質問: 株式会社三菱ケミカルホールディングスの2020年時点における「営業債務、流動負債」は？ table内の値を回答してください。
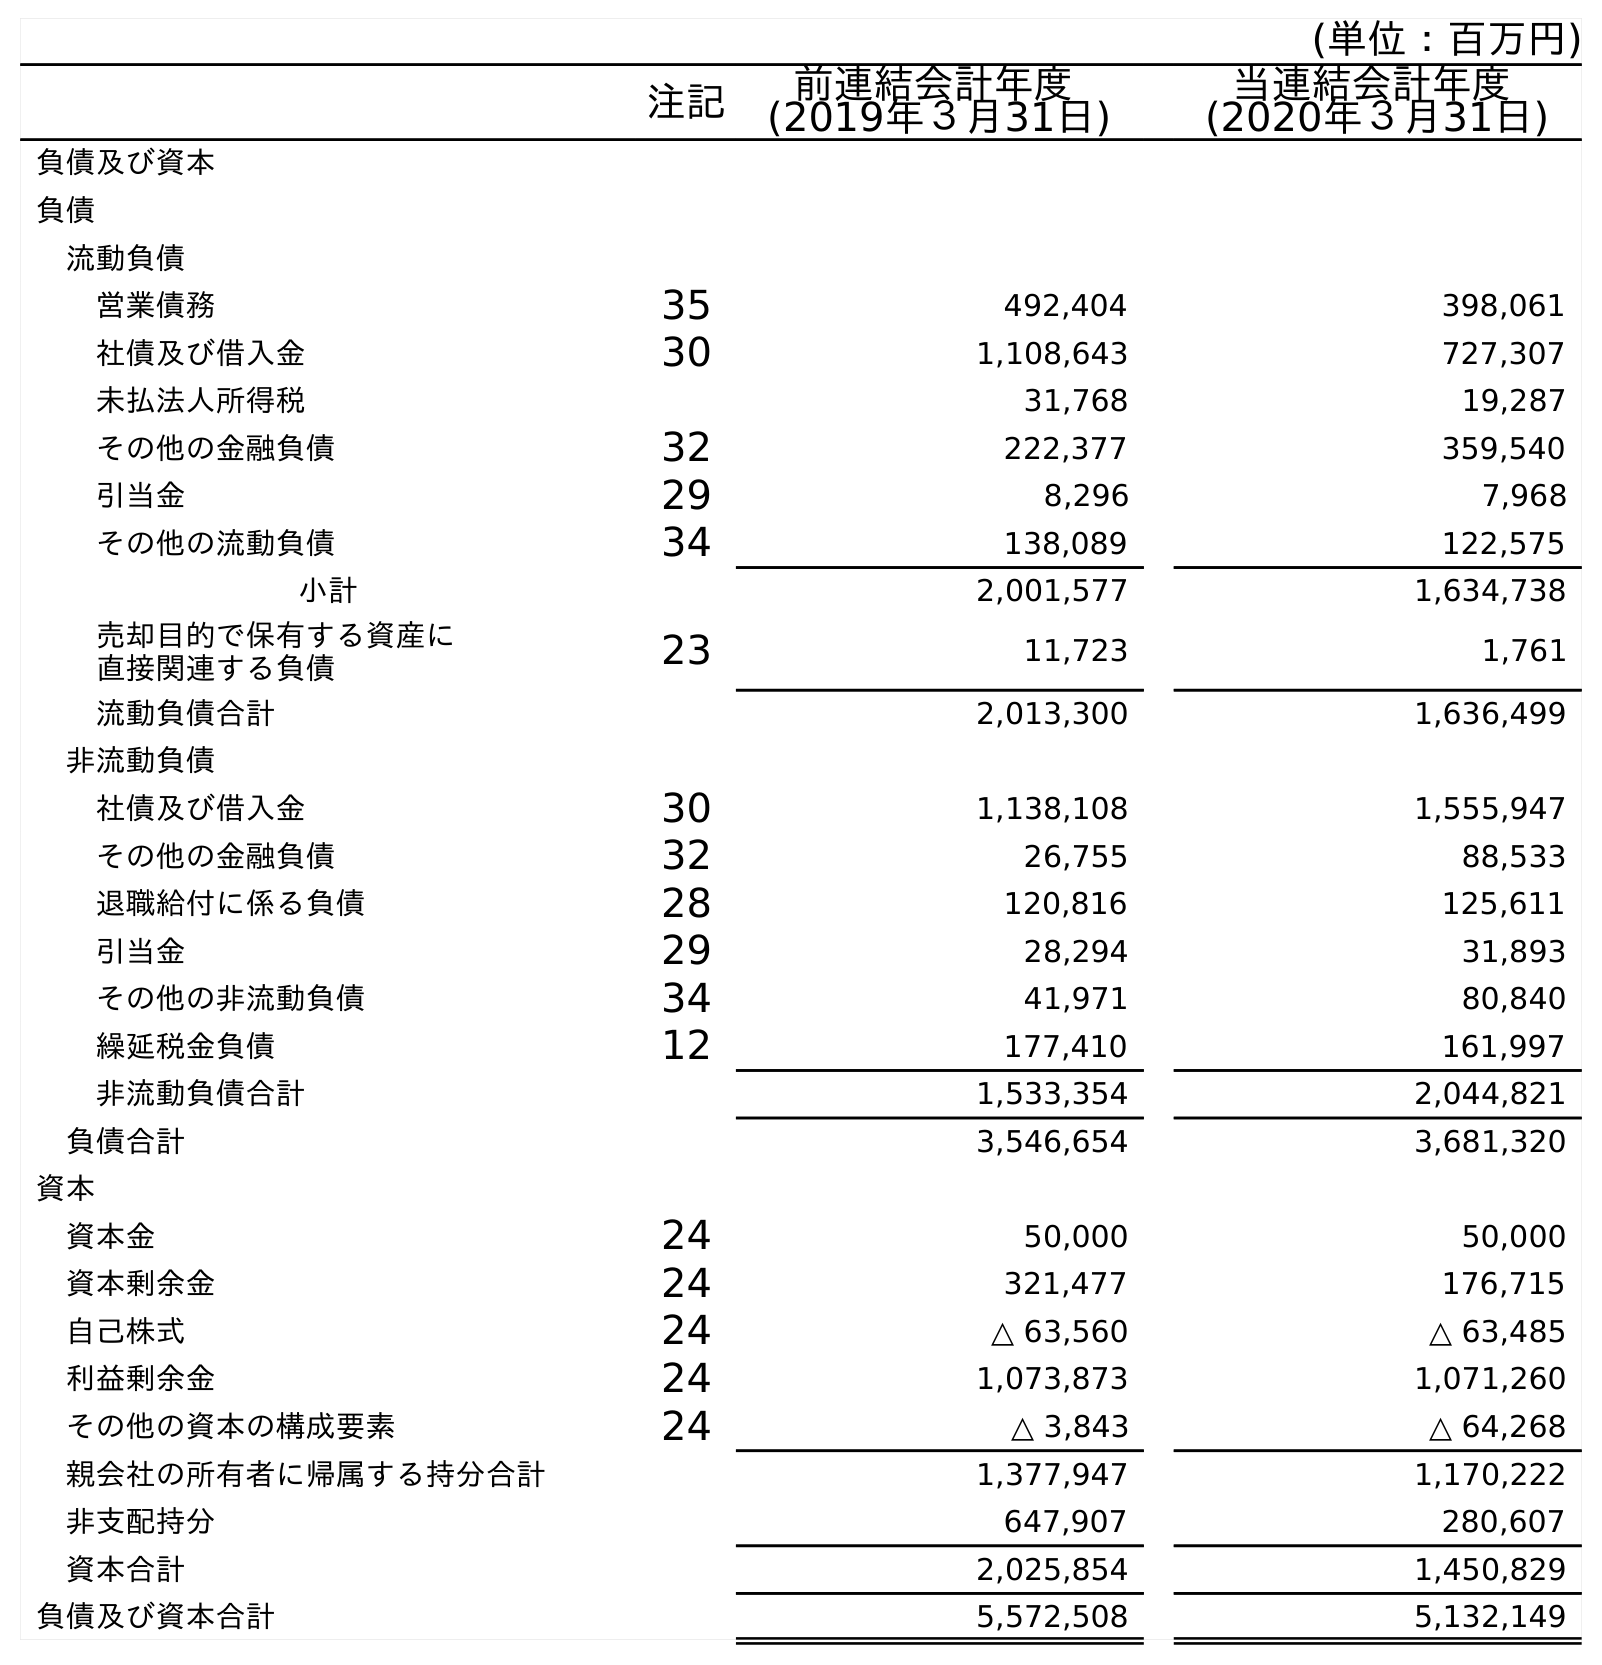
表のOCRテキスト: (単位：百万円) 注記 前連結会計年度 (2019年３月31日) 当連結会計年度 (2020年３月31日) 負債及び資本 負債 流動負債 営業債務 35 492,404 398,061 社債及び借入金 30 1,108,643 727,307 未払法人所得税 31,768 19,287 その他の金融負債 32 222,377 359,540 引当金 29 8,296 7,968 その他の流動負債 34 138,089 122,575 小計 2,001,577 1,634,738 売却目的で保有する資産に 直接関連する負債 23 11,723 1,761 流動負債合計 2,013,300 1,636,499 非流動負債 社債及び借入金 30 1,138,108 1,555,947 その他の金融負債 32 26,755 88,533 退職給付に係る負債 28 120,816 125,611 引当金 29 28,294 31,893 その他の非流動負債 34 41,971 80,840 繰延税金負債 12 177,410 161,997 非流動負債合計 1,533,354 2,044,821 負債合計 3,546,654 3,681,320 資本 資本金 24 50,000 50,000 資本剰余金 24 321,477 176,715 自己株式 24 △ 63,560 △ 63,485 利益剰余金 24 1,073,873 1,071,260 その他の資本の構成要素 24 △ 3,843 △ 64,268 親会社の所有者に帰属する持分合計 1,377,947 1,170,222 非支配持分 647,907 280,607 資本合計 2,025,854 1,450,829 負債及び資本合計 5,572,508 5,132,149
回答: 398,061